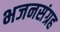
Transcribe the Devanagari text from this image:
भजनसंग्रह